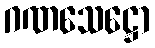
ဂဏသေဋ္ဌော